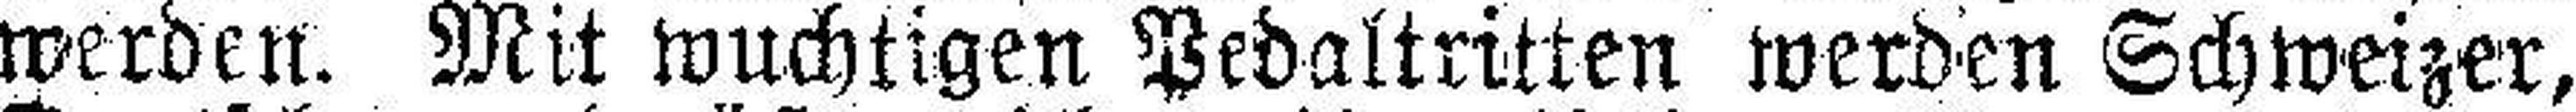
werden. Mit wuchtigen Pedaltritten werden Schweizer,